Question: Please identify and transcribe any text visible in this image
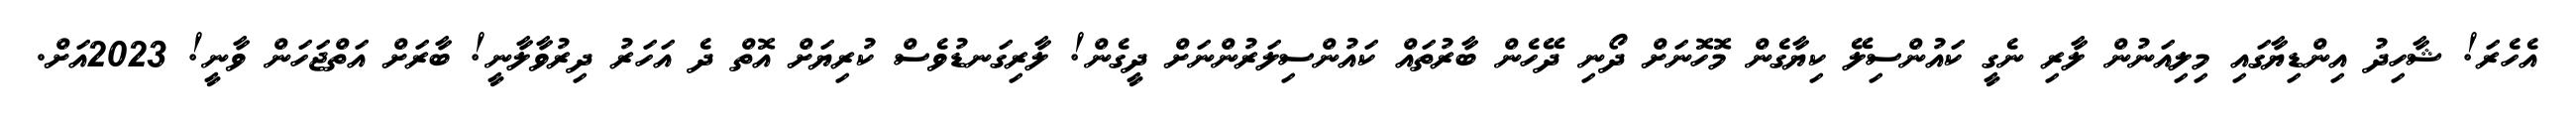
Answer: އެހެރަ! ޝާހިދު އިންޑިޔާގައި މިލިއަނުން ލާރި ނެގީ ކައުންސިލޭ ކިޔާގެން މޮހޮނަށް ދޯނި ދޭހެން ބާރުތައް ކައުންސިލަރުންނަށް ދީގެން! ލާރިގަނޑުވެސް ކުރިޔަށް އޮތް ދެ އަހަރު ދިރުވާލާނީ! ބާރަށް އަތްޖަހަން ވާނީ! 2023އަށް.